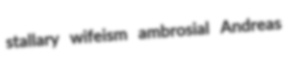
stallary wifeism ambrosial Andreas